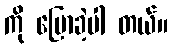
ကို ပြောခဲ့ပါ တယ်။